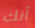
أنك